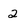
Character: 2